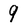
Character: 9